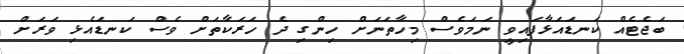
ބަޖެޓެއް ކަނޑައަޅާފައިވީ ނަމަވެސް މިހާތަނަށް ހިންގި ދެ ހަރަކާތަށް ވެސް ކަނޑައެޅި ވަރަށް